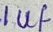
Text: 1uf